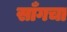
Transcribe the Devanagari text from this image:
साँगचा